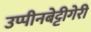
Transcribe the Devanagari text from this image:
उप्पीनबेट्टीगेरी